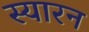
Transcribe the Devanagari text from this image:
स्यारन